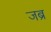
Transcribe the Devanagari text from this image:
जब्र